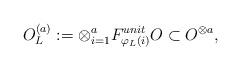
LaTeX: \begin{align*} O_L^{(a)}:=\otimes_{i=1}^{a}F^{unit}_{\varphi_L(i)}O\subset O^{\otimes a}, \end{align*}